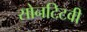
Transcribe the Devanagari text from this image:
सोनटिटवी